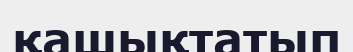
қашықтатып